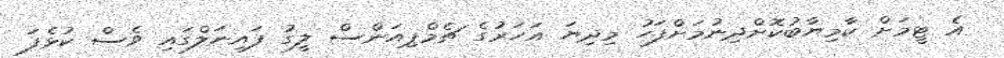
އެ ޓީމަށް ކާމިޔާބުކޮށްދިނުމަށްފަހު މިދިޔަ އަހަރުގެ ޗެމްޕިއަންސް ލީގު ފައިނަލްގައި ވެސް ކުޅެފަ